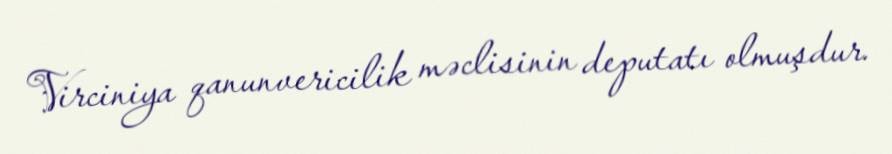
Virciniya qanunvericilik məclisinin deputatı olmuşdur.